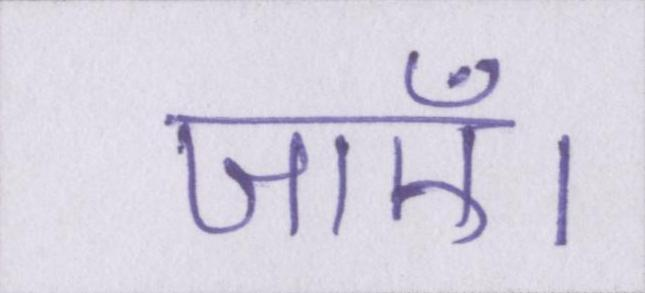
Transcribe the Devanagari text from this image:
जाएँ।